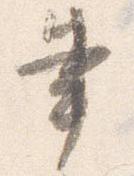
書